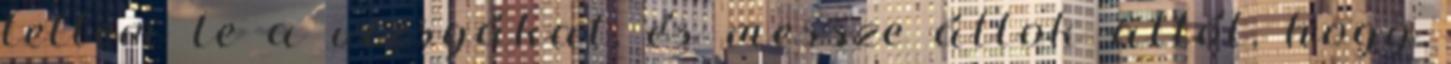
tettem le a vizsgákat, és messze állok attól, hogy